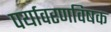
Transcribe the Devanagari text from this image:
पर्यावरणविषक